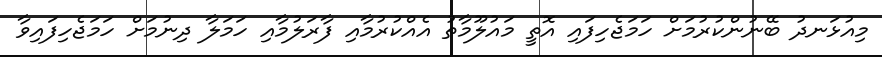
މިއުޅަނދު ބޭނުންކުރުމަށް ހަމަޖެހިފައި އޮތީ މައުލޫމާތު އެއްކުރުމާއި ފާރަލުމާއި ހަމަލާ ދިނުމަށް ހަމަޖެހިފައިވާ